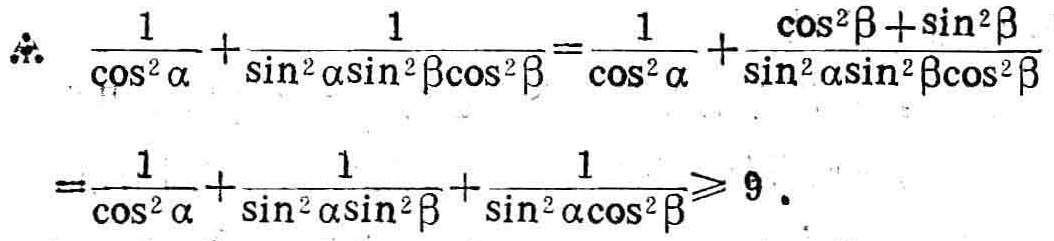
\[

\begin{align*}

\therefore\quad&\frac{1}{\cos^{2}\alpha}+\frac{1}{\sin^{2}\alpha\sin^{2}\beta\cos^{2}\beta}=\frac{1}{\cos^{2}\alpha}+\frac{\cos^{2}\beta + \sin^{2}\beta}{\sin^{2}\alpha\sin^{2}\beta\cos^{2}\beta}\\

=&\frac{1}{\cos^{2}\alpha}+\frac{1}{\sin^{2}\alpha\sin^{2}\beta}+\frac{1}{\sin^{2}\alpha\cos^{2}\beta}\geqslant 9.

\end{align*}

\]